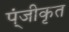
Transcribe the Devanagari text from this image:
प्ंजीकृत